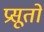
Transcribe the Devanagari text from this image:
प्रसूतो